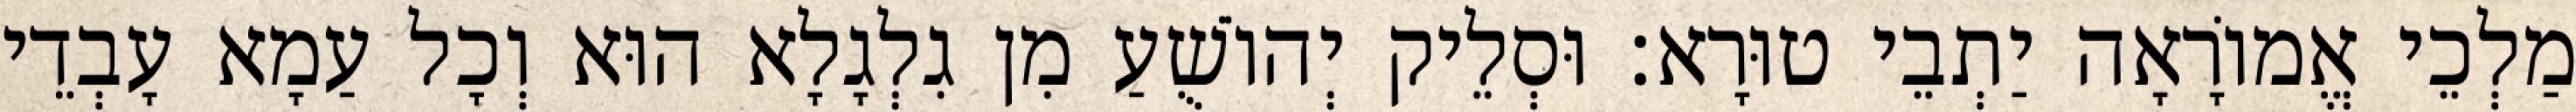
מַלְכֵי אֱמוֹרָאָה יַתְבֵי טוּרָא׃ וּסְלֵיק יְהוֹשֻׁעַ מִן גִלְגָלָא הוּא וְכָל עַמָא עָבְדֵי